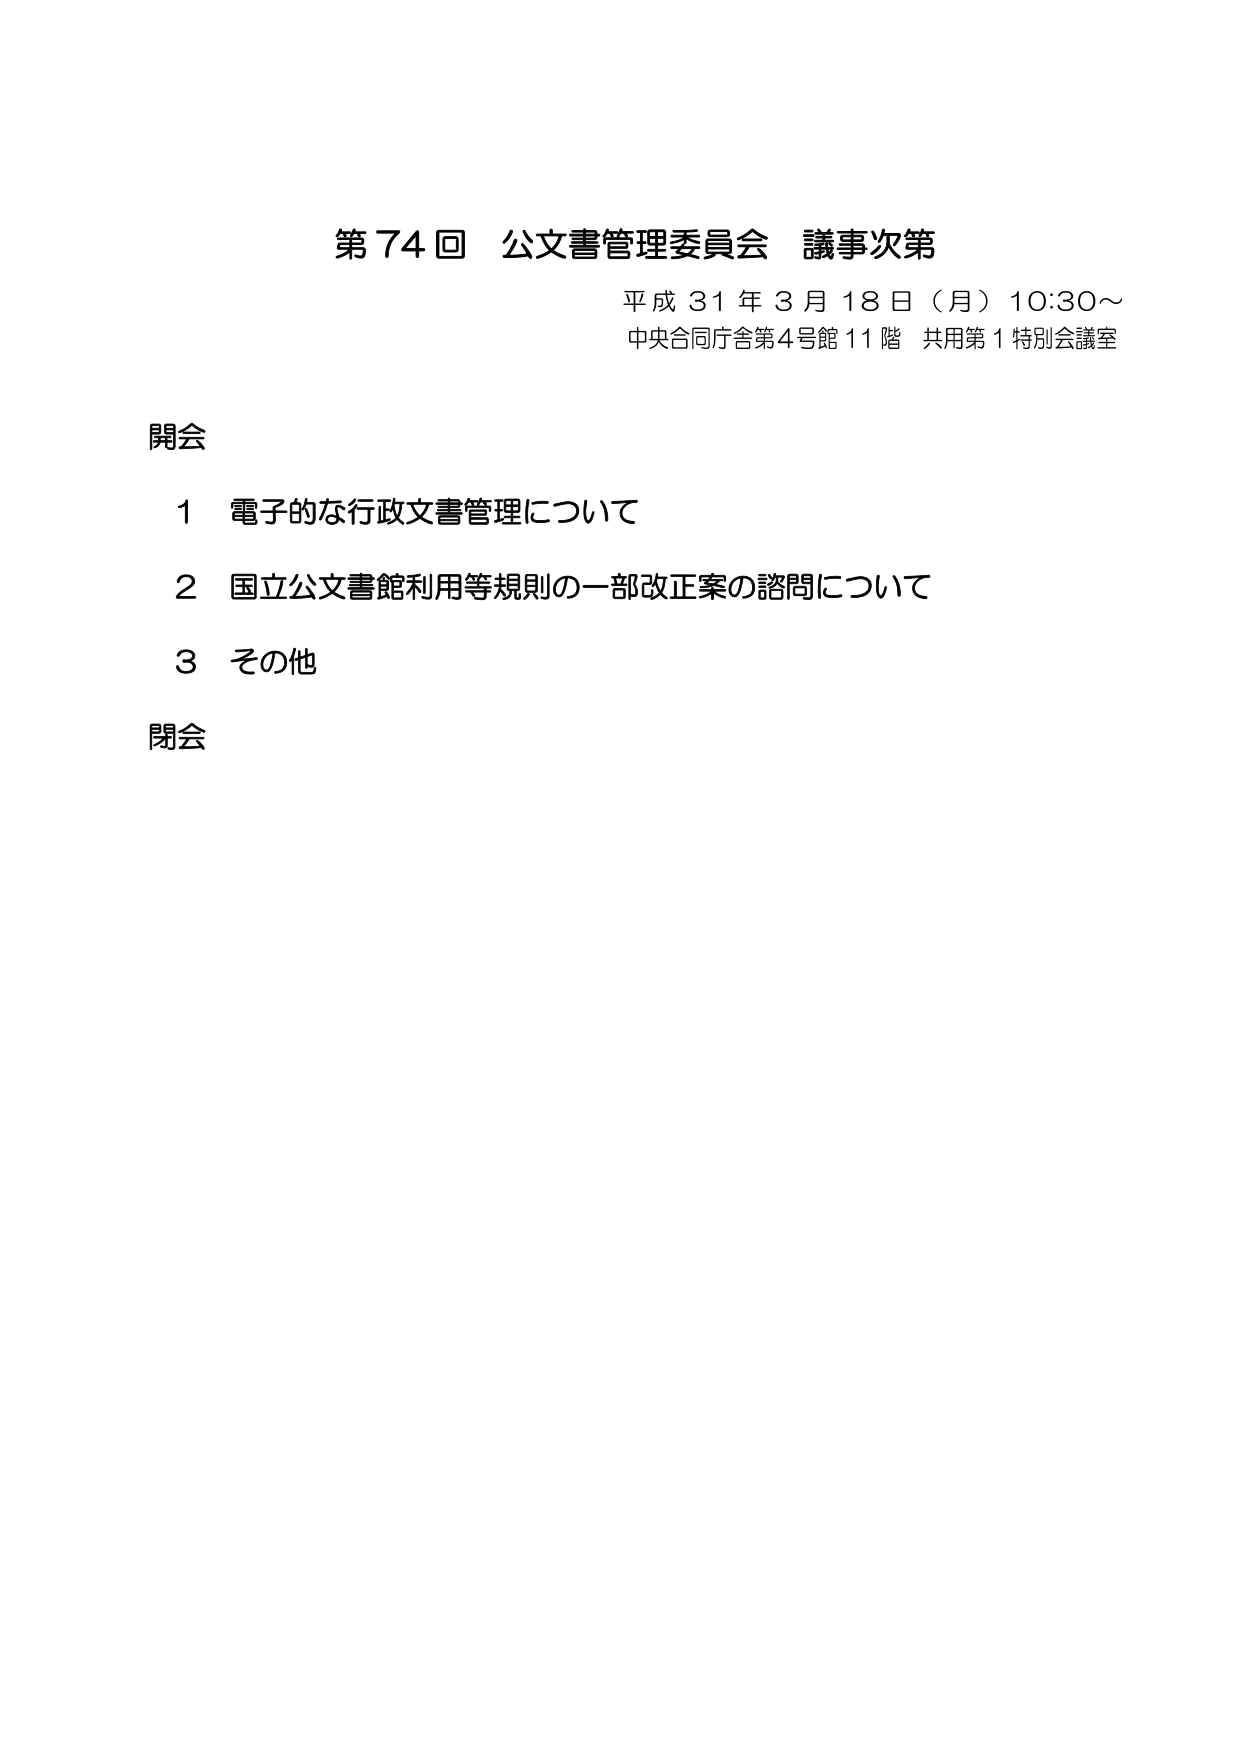
第74回 公文書管理委員会 議事次第
平成31年3月18日（月）10:30～
中央合同庁舎第4号館 11階 共用第1特別会議室

開会
1 電子的な行政文書管理について
2 国立公文書館利用等規則の一部改正案の諮問について
3 その他
閉会